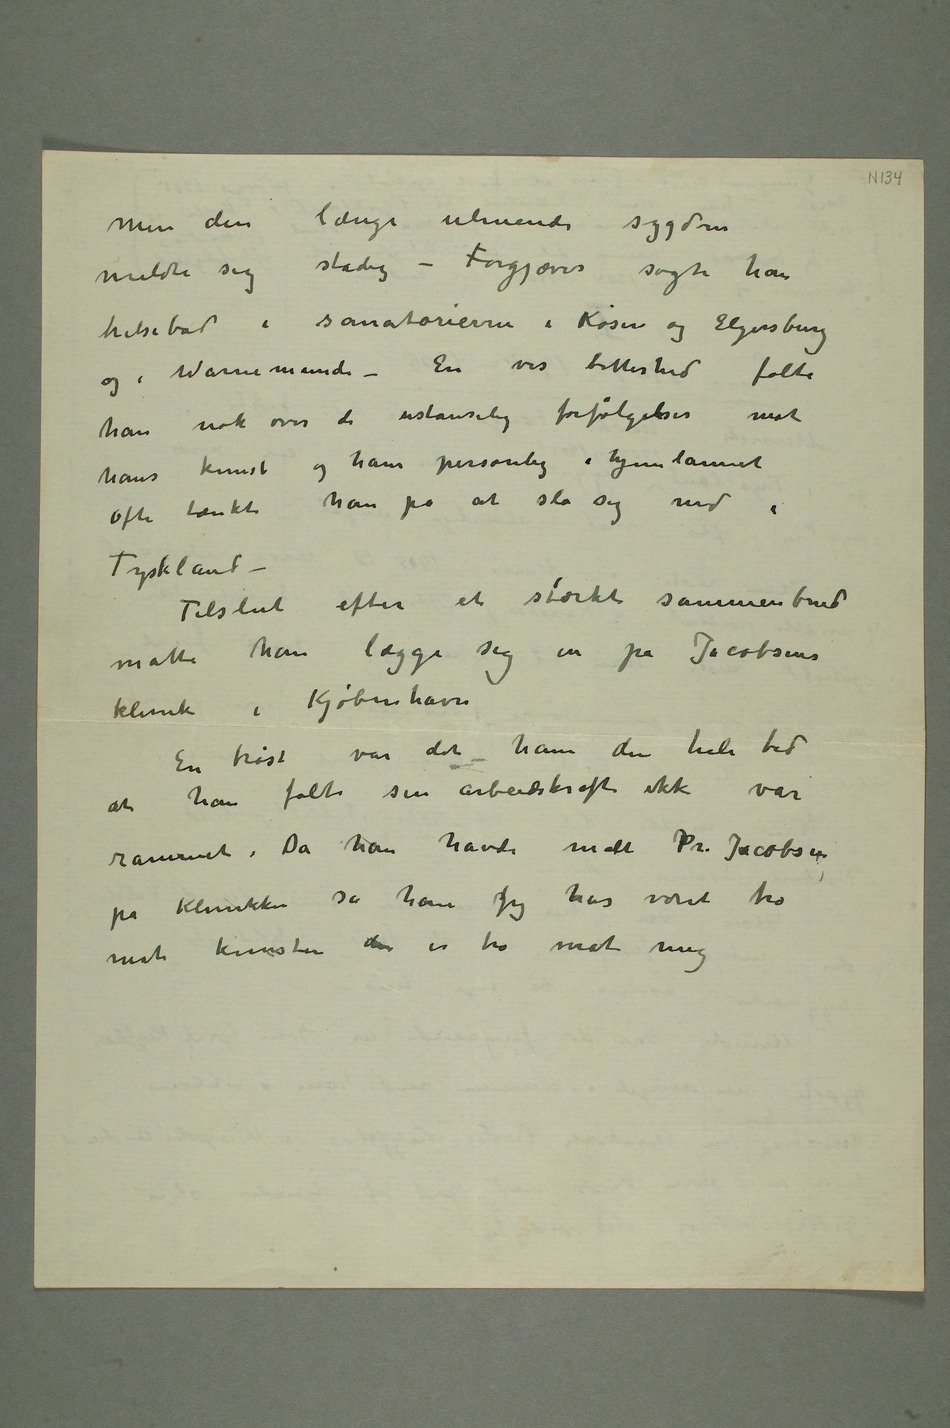
Men den længe ulmende sygdom
meldte sig stadig – Forgjæves søgte han
helsebad i sanatorierne i Kösen og Elgersburg og
i Warnemünde – En vis bitterhed følte
han nok over de ustanselige forfølgelser mot
hans kunst og ham personlig i hjemlannet
Ofte tænkte han på at slå sig ned i
Tyskland –
Tilslut efter et stærkt sammenbrud
måtte han lægge sig in på Jacobsons
klinik i Kjøbenhavn
En trøst var det ham den hele tid
at han følte sin arbeidskraft ikke var
rammet. Da han havde malt Dr. Jacobson på
Klinikken sa han Jeg har vært tro
mot kunsten den er tro mot mig